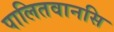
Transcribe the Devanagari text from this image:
पालितवानसि